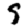
Digit: 9